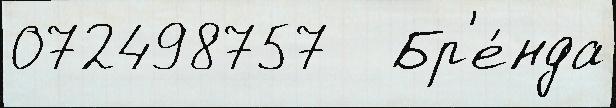
072498757   Бр'е́нда